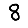
Digit: 8